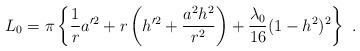
LaTeX: \begin{align*}L_0=\pi \left\{ {1\over r}a'^2 +r\left(h'^2 + \frac{a^2 h^2}{r^2}\right) +\frac{\lambda_0}{16} (1-h^2)^2 \right\} \ .\end{align*}